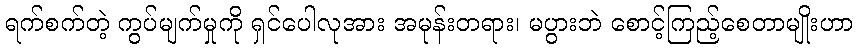
ရက်စက်တဲ့ ကွပ်မျက်မှုကို ရှင်ပေါလုအား အမုန်းတရား၊ မပွားဘဲ စောင့်ကြည့်စေတာမျိုးဟာ